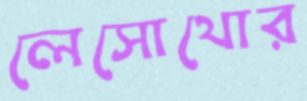
লেসোথোর